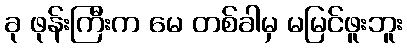
ခု ဖုန်းကြီးက မေ တစ်ခါမှ မမြင်ဖူးဘူး